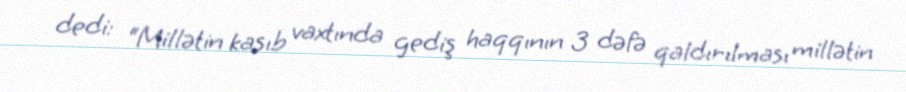
dedi: “Millətin kasıb vaxtında gediş haqqının 3 dəfə qaldırılması millətin